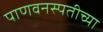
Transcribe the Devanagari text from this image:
पाणवनस्पतीच्या